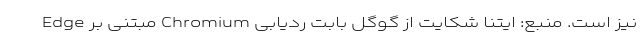
Edge مبتنی بر Chromium نیز است. منبع: ایتنا شکایت از گوگل بابت ردیابی